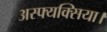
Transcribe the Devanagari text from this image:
अस्फ्यक्सिया।